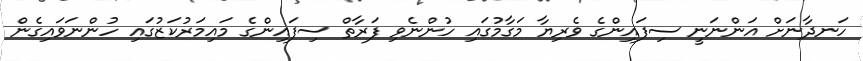
ހަނދާނަށް އަންނަނީ ސިފައިންގެ ވެރިޔާ މަގާމުގައި ހުންނެވި ފަރާތް ސިފައިންގެ މައިމަރުކަޒުގައި ހުންނަވައިގެން